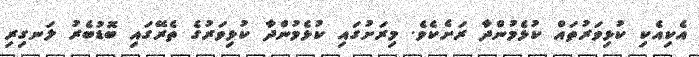
އެކިއެކި ކުޅިވަރުތައް ކުޅެމުންދާ ރަށެކެވެ. މިރަށުގައި ކުޅެމުންދާ ކުޅިވަރުގެ ތެރޭގައި ބޮޑުބެރު ލަނގިރި